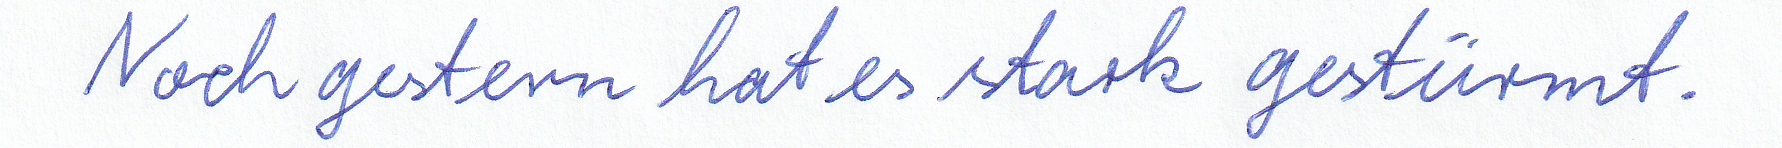
Noch gestern hat es stark gestürmt.